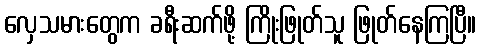
လှေသမားတွေက ခရီးဆက်ဖို့ ကြိုးဖြုတ်သူ ဖြုတ်နေကြပြီ။